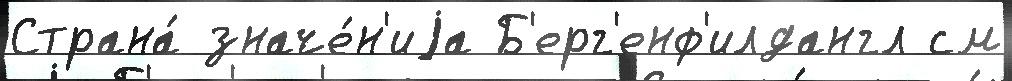
Страна́ значе́н'иjа Б'ерг'енф'илдангл см